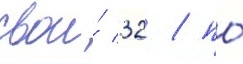
свои́ 32 / по́